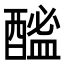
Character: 䤉